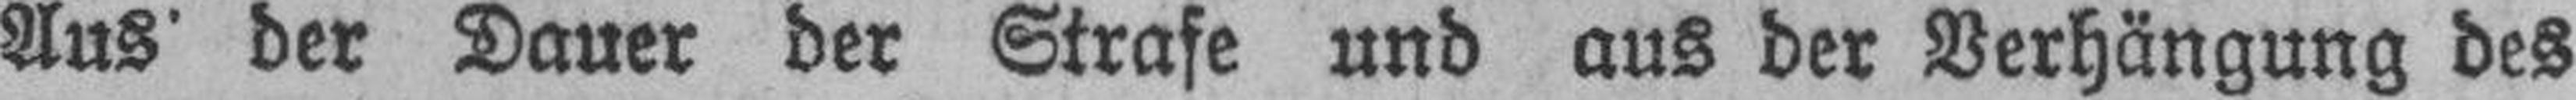
Aus der Dauer der Strafe und aus der Verhängung des